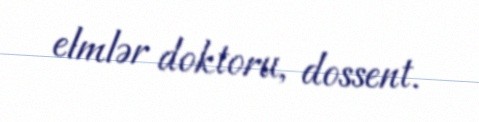
elmlər doktoru, dossent.